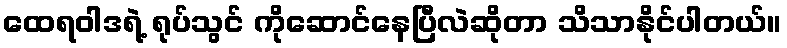
ထေရဝါဒရဲ့ ရုပ်သွင် ကိုဆောင်နေပြီလဲဆိုတာ သိသာနိုင်ပါတယ်။